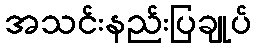
အသင်းနည်းပြချုပ်